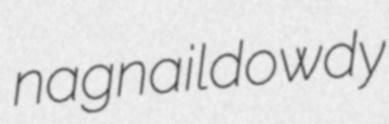
nagnail dowdy